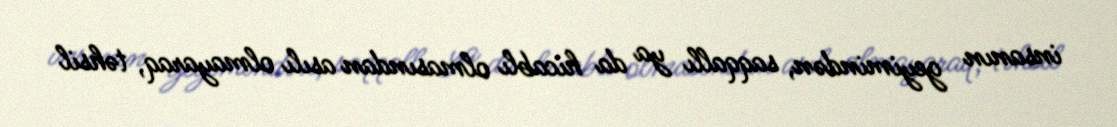
insanın geyimindən, saqqallı ya da hicablı olmasından asılı olmayaraq, təhsil